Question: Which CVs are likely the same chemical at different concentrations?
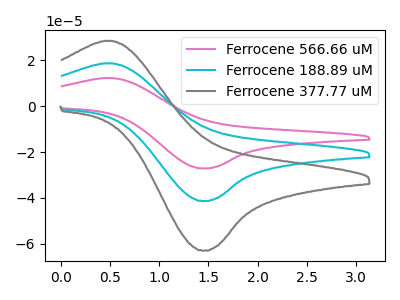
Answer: <think>The pink curve "Ferrocene 566.66 uM" has an anodic peak at (0.50V, 37.40uA) and a cathodic peak at (1.45V, -82.70uA). The cyan curve "Ferrocene 188.89 uM" has an anodic peak at (0.50V, 18.70uA) and a cathodic peak at (1.45V, -41.35uA). The gray curve "Ferrocene 377.77 uM" has an anodic peak at (0.50V, 28.45uA) and a cathodic peak at (1.45V, -62.95uA).
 All the peaks in "Ferrocene 566.66 uM" have a peak in "Ferrocene 188.89 uM" at the same potential. Every peak in "Ferrocene 566.66 uM" is higher than every peak in "Ferrocene 188.89 uM". All the peaks in "Ferrocene 566.66 uM" have a peak in "Ferrocene 377.77 uM" at the same potential. Every peak in "Ferrocene 566.66 uM" is higher than every peak in "Ferrocene 377.77 uM". All the peaks in "Ferrocene 188.89 uM" have a peak in "Ferrocene 377.77 uM" at the same potential. Every peak in "Ferrocene 188.89 uM" is lower than every peak in "Ferrocene 377.77 uM".</think>
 <answer>"Ferrocene 377.77 uM", "Ferrocene 566.66 uM" and "Ferrocene 188.89 uM" have the same shape and are likely CV's of the same chemical.</answer>
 <eval>"Ferrocene 377.77 uM" "Ferrocene 566.66 uM" "Ferrocene 188.89 uM"</eval>